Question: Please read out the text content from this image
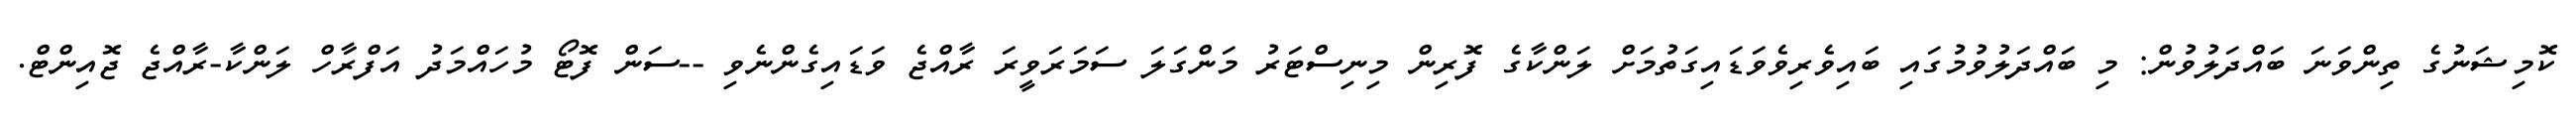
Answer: ކޮމިޝަނުގެ ތިންވަނަ ބައްދަލުވުން: މި ބައްދަލުވުމުގައި ބައިވެރިވެވަޑައިގަތުމަށް ލަންކާގެ ފޮރިން މިނިސްޓަރު މަންގަލަ ސަމަރަވީރަ ރާއްޖެ ވަޑައިގެންނެވި --ސަން ފޮޓޯ މުހައްމަދު އަފްރާހް ލަންކާ-ރާއްޖެ ޖޮއިންޓް.